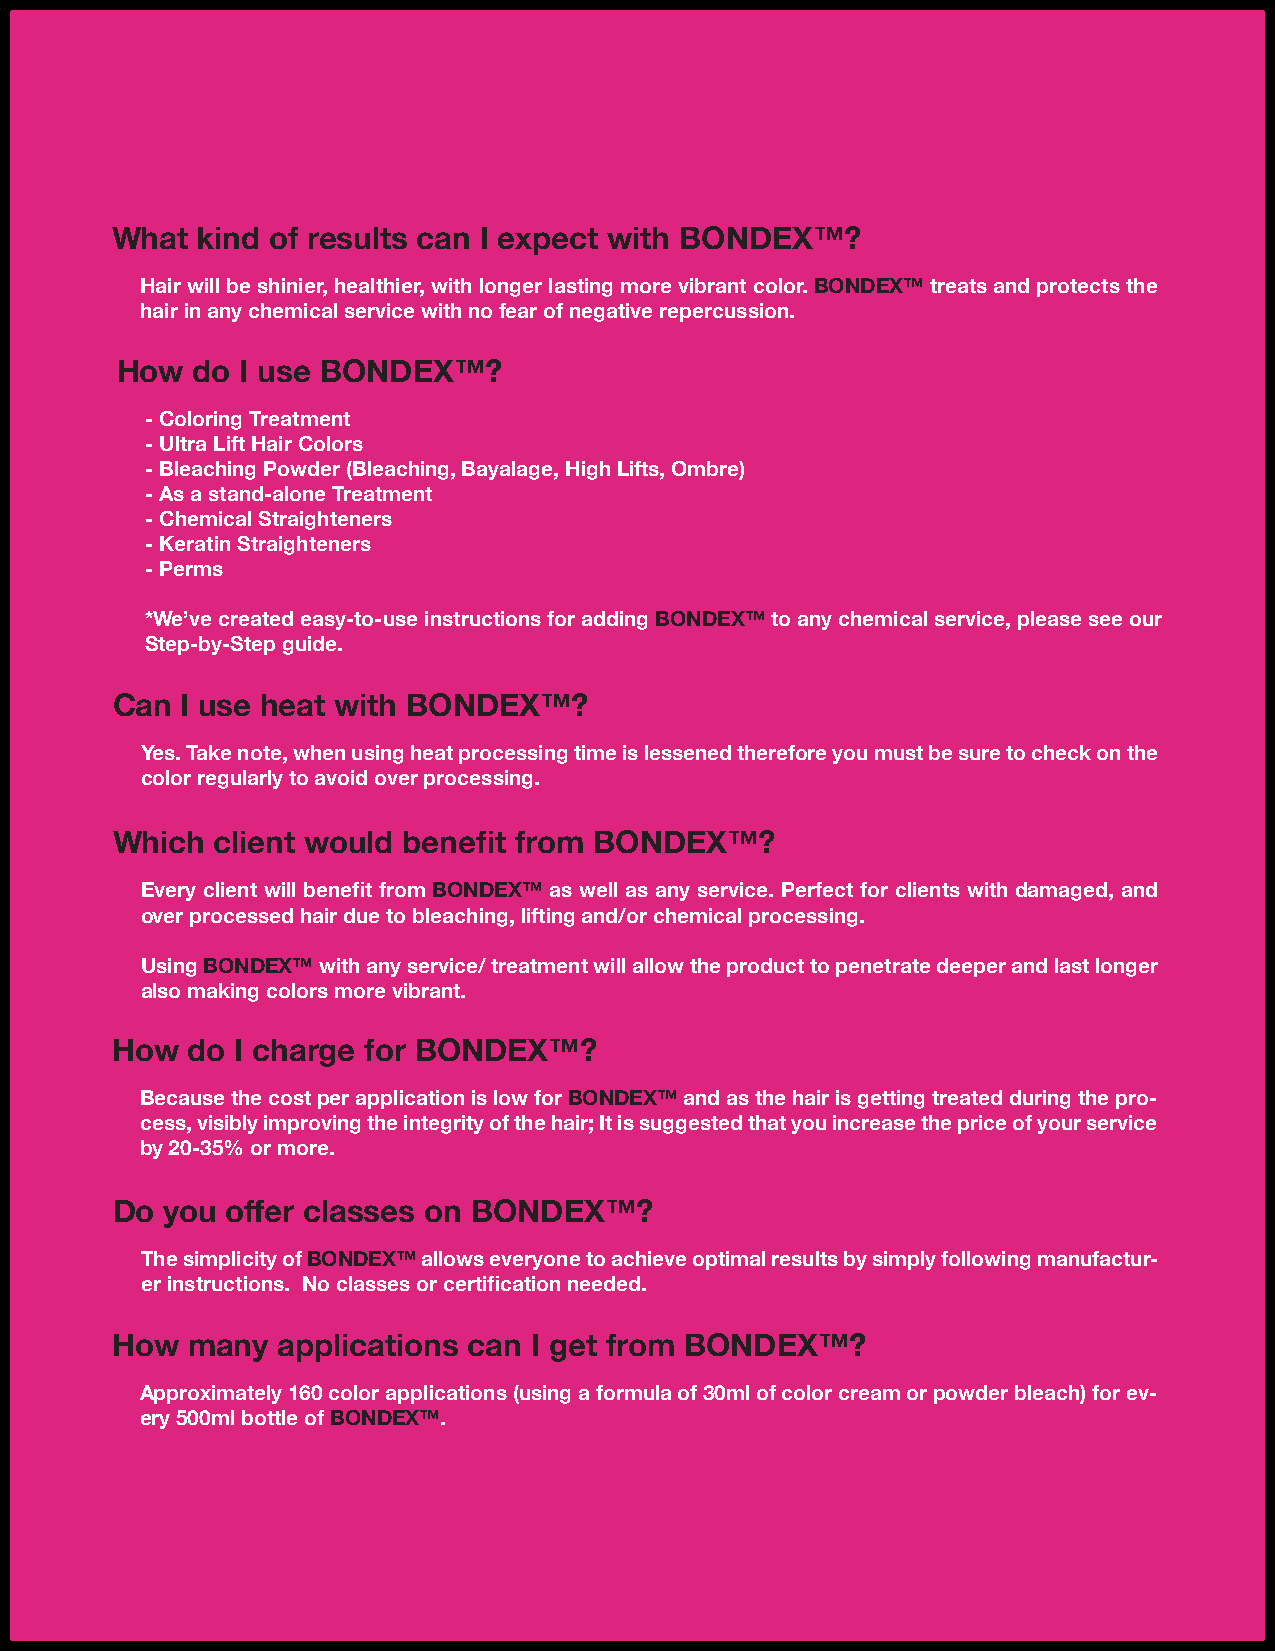
What  kind of results can I expect with BONDEX™?
 Hair will be shinier, healthier, with longer lasting more vibrant color. BONDEX™ treats and protects the
 hair in any chemical service with no fear of negative repercussion.
 How  do I use BONDEX™?
 - Coloring Treatment
 - Ultra Lift Hair Colors
 - Bleaching Powder (Bleaching, Bayalage, High Lifts, Ombre)
 - As a stand-alone Treatment
 - Chemical Straighteners
 - Keratin Straighteners
 - Perms
 *We’ve created easy-to-use instructions for adding BONDEX™ to any chemical service, please see our
 Step-by-Step guide.
 Can  I use heat with BONDEX™?
 Yes. Take note, when using heat processing time is lessened therefore you must be sure to check on the
 color regularly to avoid over processing.
 Which  client would benefit from BONDEX™?
 Every client will benefit from BONDEX™ as well as any service. Perfect for clients with damaged, and
 over processed hair due to bleaching, lifting and/or chemical processing.
 Using BONDEX™ with any service/ treatment will allow the product to penetrate deeper and last longer
 also making colors more vibrant.
 How  do  I charge for BONDEX™?
 Because the cost per application is low for BONDEX™ and as the hair is getting treated during the pro-
 cess, visibly improving the integrity of the hair; It is suggested that you increase the price of your service
 by 20-35% or more.
 Do  you offer classes on BONDEX™?
 The simplicity of BONDEX™ allows everyone to achieve optimal results by simply following manufactur-
 er instructions. No classes or certification needed.
 How  many  applications can I get from BONDEX™?
 Approximately 160 color applications (using a formula of 30ml of color cream or powder bleach) for ev-
 ery 500ml bottle of BONDEX™.